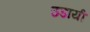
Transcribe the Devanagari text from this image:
उडायी